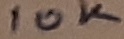
Text: 10K